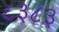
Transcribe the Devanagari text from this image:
८३८३